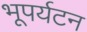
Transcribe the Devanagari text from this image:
भूपर्यटन